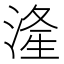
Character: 湰